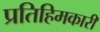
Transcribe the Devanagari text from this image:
प्रतिहिमकारी